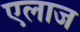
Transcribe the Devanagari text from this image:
एलाज